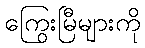
ကြွေးမြီများကို